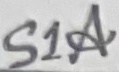
Text: S1A